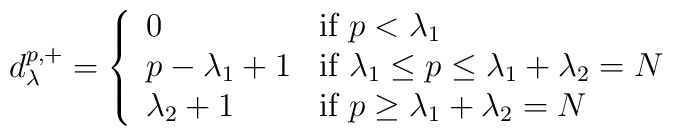
d^{p,+}_{\lambda}=\left\{ \begin{array}{lll}0 &\mbox{if $p<\lambda_1$} \\p-\lambda_1 +1 & \mbox{if $\lambda_1\leq p \leq \lambda_1+\lambda_2=N$} \\\lambda_2 +1 & \mbox{if $p\geq \lambda_1+\lambda_2 =N$}\end{array}\right.